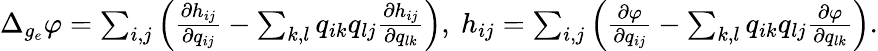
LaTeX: \begin{array}{r}{\Delta_{g_{e}}\varphi=\sum_{i,j}\left(\frac{\partial h_{ij}}{\partial q_{ij}}-\sum_{k,l}q_{ik}q_{lj}\frac{\partial h_{ij}}{\partial q_{lk}}\right),\ h_{ij}=\sum_{i,j}\left(\frac{\partial\varphi}{\partial q_{ij}}-\sum_{k,l}q_{ik}q_{lj}\frac{\partial\varphi}{\partial q_{lk}}\right).}\end{array}